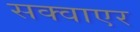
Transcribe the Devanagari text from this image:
सक्वाएर